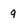
Character: 9